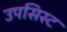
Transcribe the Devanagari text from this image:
उपसिस्ट